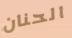
الحنان